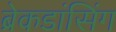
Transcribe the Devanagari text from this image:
ब्रेकडांसिंग